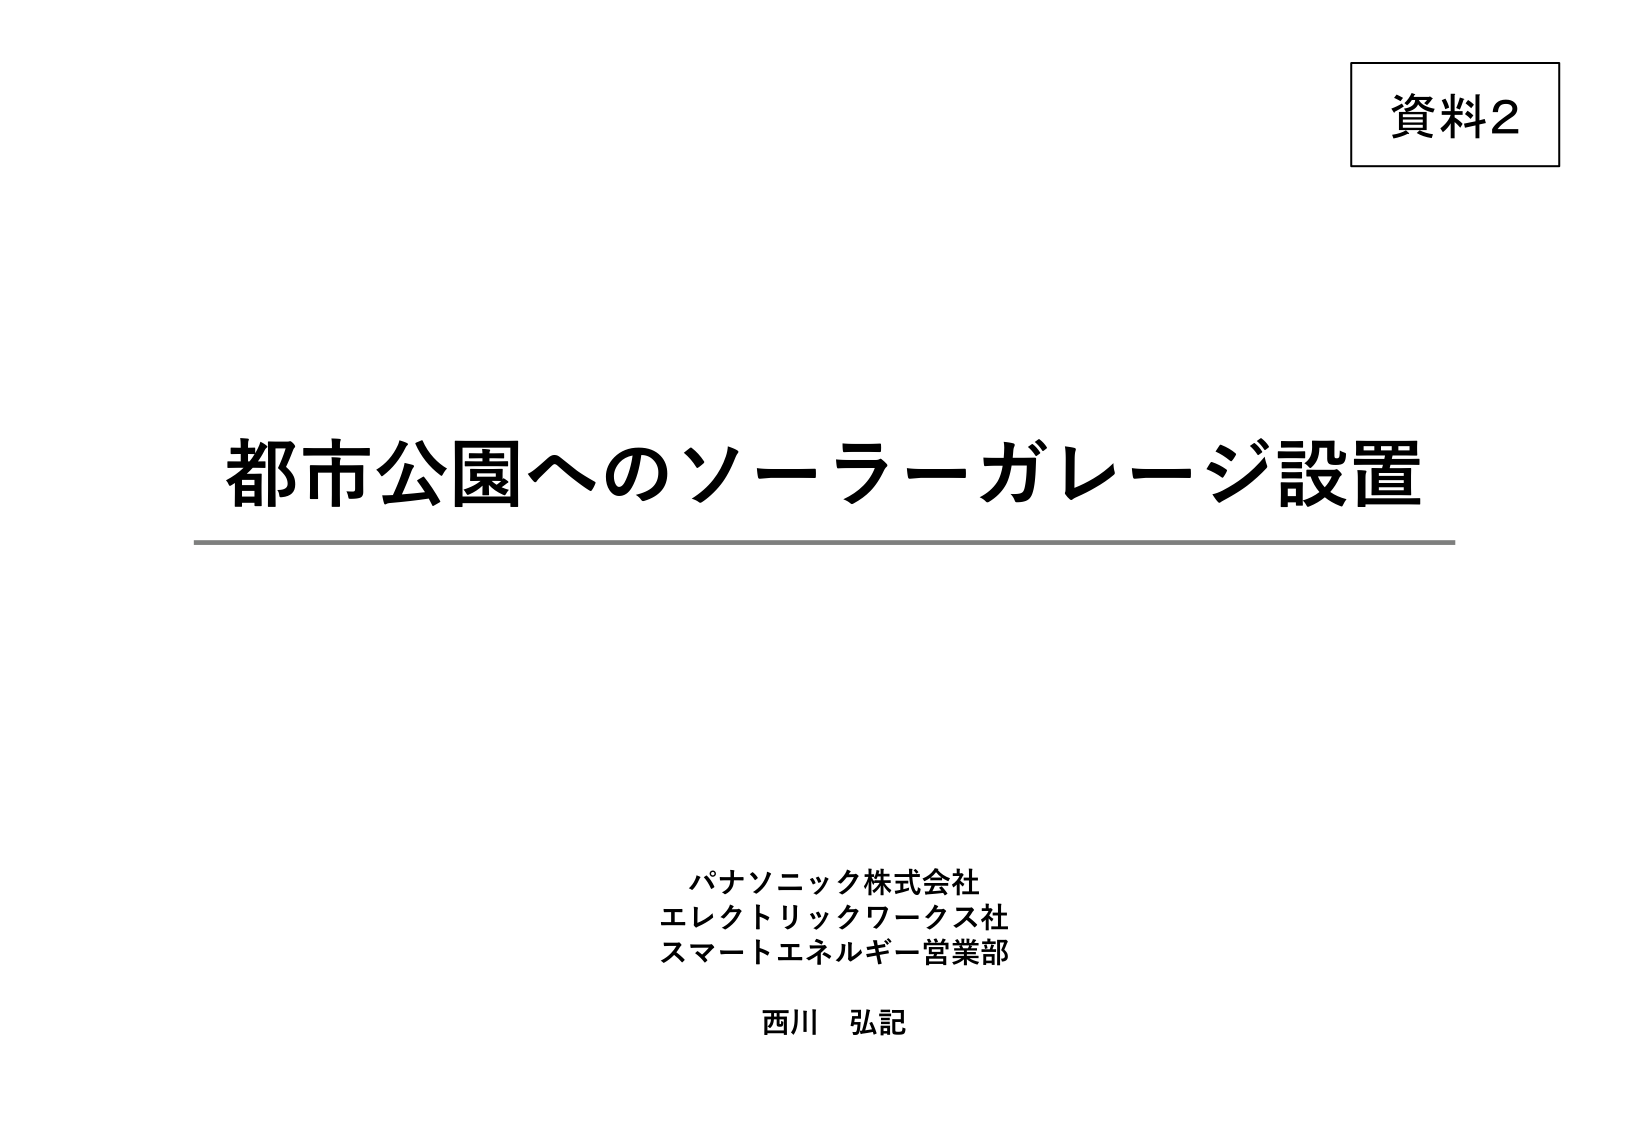
資料2

都市公園へのソーラーガレージ設置

パナソニック株式会社
エレクトリックワークス社
スマートエネルギー営業部
西川 弘記